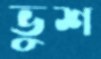
ভুশ